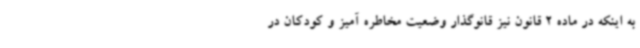
به اینکه در ماده 2 قانون نیز قانوگذار وضعیت مخاطره آمیز و کودکان در